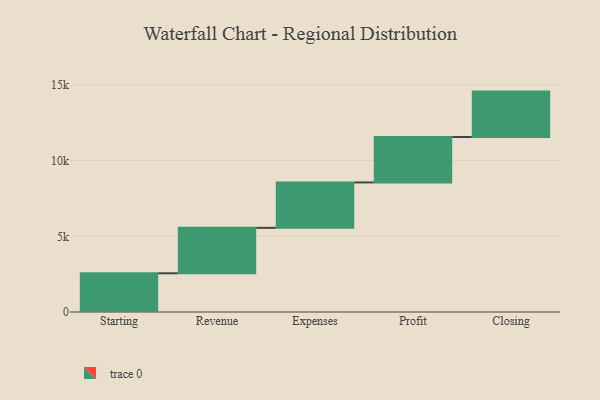
{"axis": {"x": "Step", "y": "Value"}, "legend": [""], "data": [{"x": "Starting", "y": 2557.0, "type": ""}, {"x": "Revenue", "y": 3000, "type": ""}, {"x": "Expenses", "y": 3000, "type": ""}, {"x": "Profit", "y": 3000, "type": ""}, {"x": "Closing", "y": 3000, "type": ""}]}